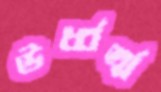
ঊর্ধ্বর্ত্ম